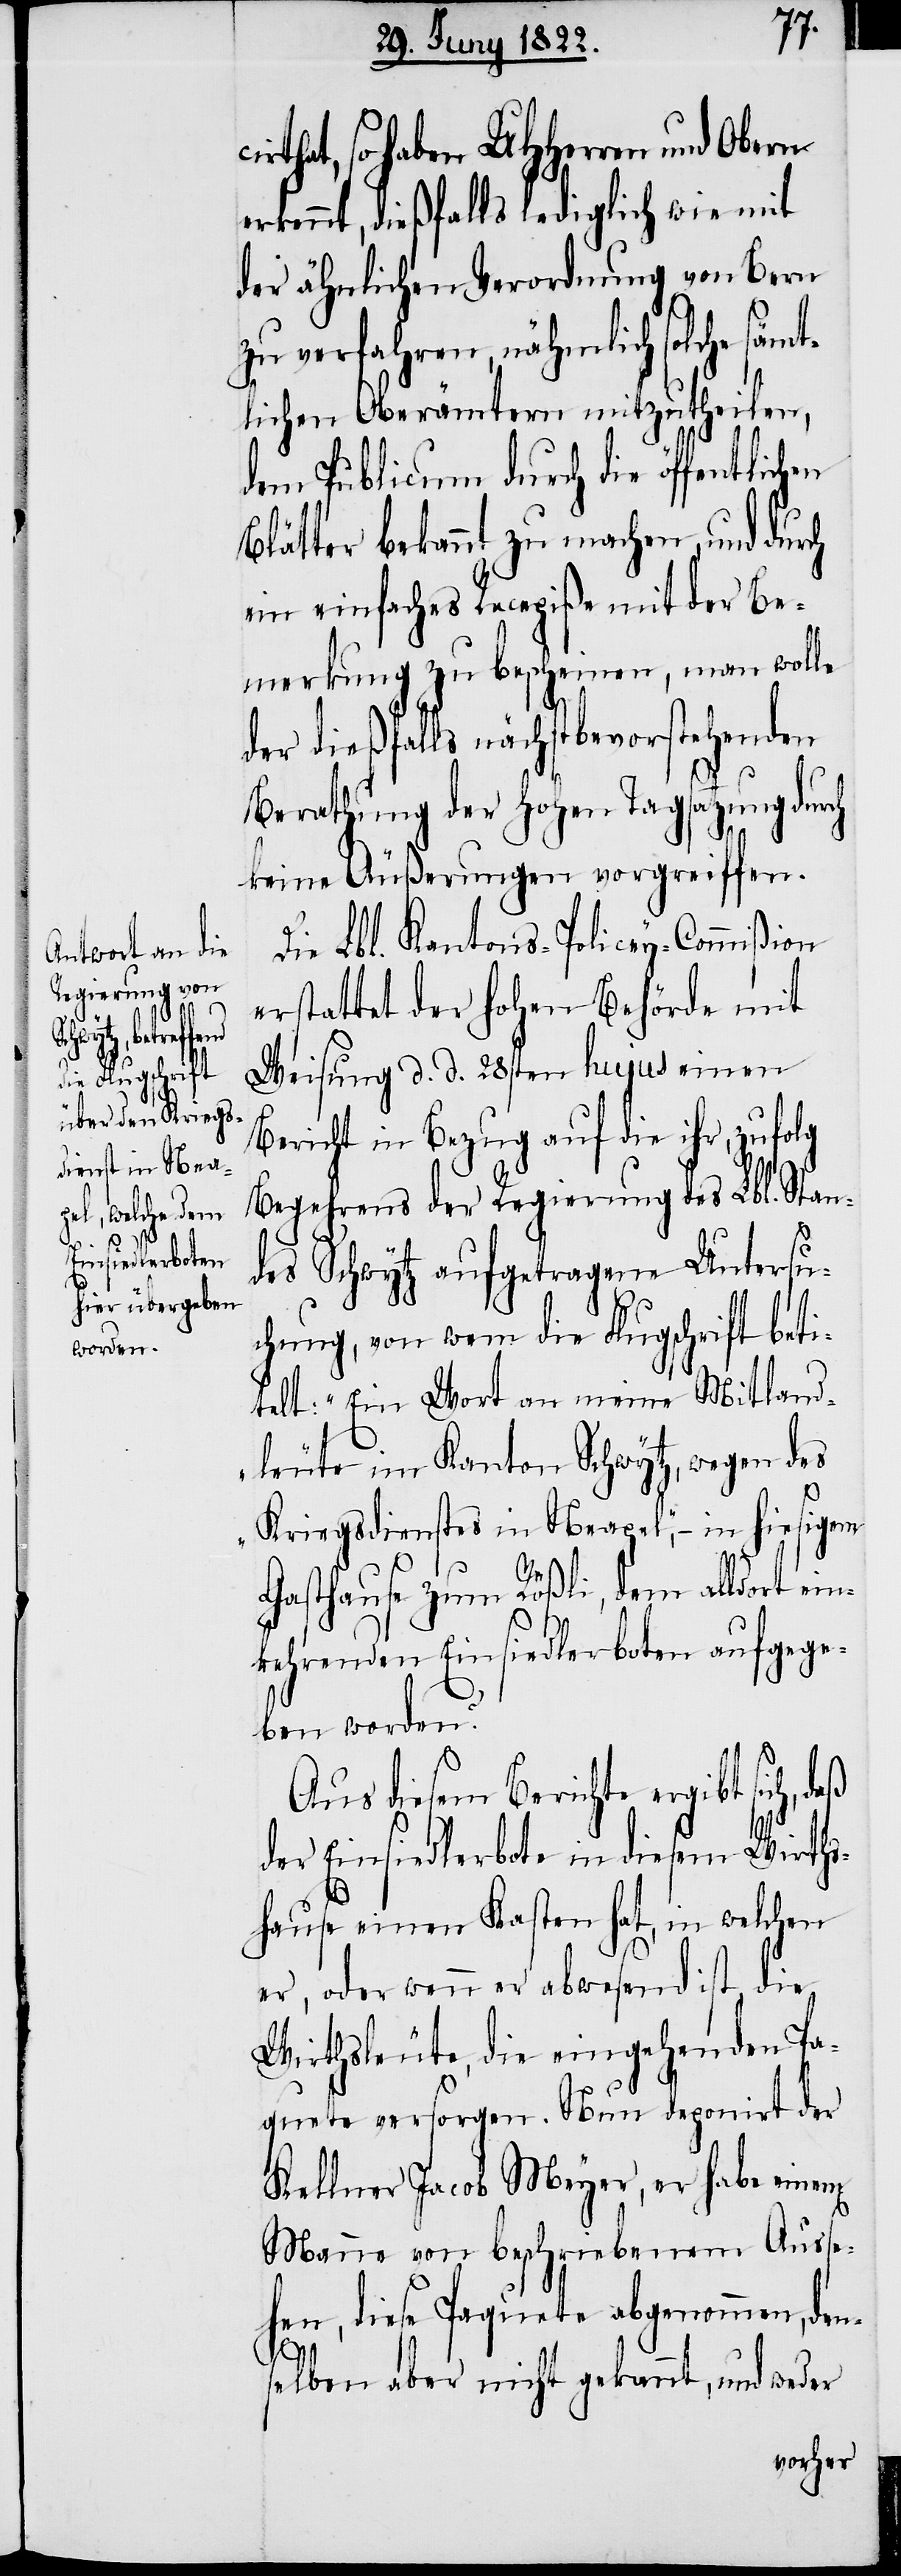
d.
hujus einen

hat, so haben UHHerren und Obern
erkennt, dießfalls lediglich wie mit
der ähnlichen Verordnung von Bern
zu verfahren, nähmlich solche sämt¬
lichen Oberämtern mitzutheilen,
dem Publicum durch die öffentlichen
Blätter bekannt zu machen und durch
ein einfaches Recepiße mit der Be¬
merkung zu bescheinen, man wolle
der dießfalls nächstbevorstehenden
Berathung der Hohen Tagsatzung durch
keine Äußerungen vorgreiffen.
Die Lbl. Kantons-Policey-Commißion
erstattet der Hohen Behörde mit
Bericht in Bezug auf die ihr, zufolg
Begehrens der Regierung des Lbl. Stan¬
des Schwytz aufgetragene Untersu¬
chung, von wem die Flugschrift beti¬
telt: „Ein Wort an meine Mitland¬
leute im Kanton Schwytz, wegen des
Kriegsdienstes in Neapel“, – in hiesigem
Gasthause zum Rößli, dem alldort ein¬
kehrenden Einsiedlerboten aufgege¬
ben worden?
Aus dem Berichte ergibt sich,
der Einsiedlerbote in diesem Wirths¬
hause einen Kasten hat, in welchen
er, oder wenn er abwesend ist, die
Wirthsleute, die eingehenden Pa¬
quete versorgen. Nun deponirt der
Kellner Jacob Meyer, er habe einem
Manne von beschriebenem Ausse¬
hen, diese Paquete abgenommen, den¬
selben aber nicht gekannt, und weder